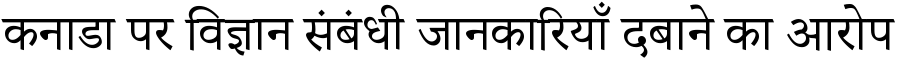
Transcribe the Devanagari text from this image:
कनाडा पर विज्ञान संबंधी जानकारियाँ दबाने का आरोप